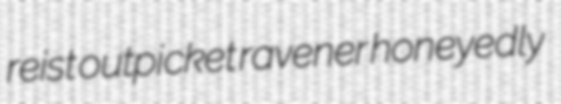
reist outpicket ravener honeyedly